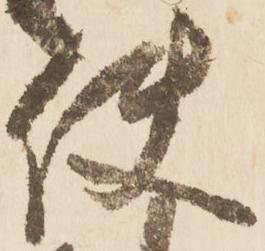
使